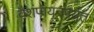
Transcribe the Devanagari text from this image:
वैशंपायनपर्यंत